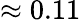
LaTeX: \approx 0.11